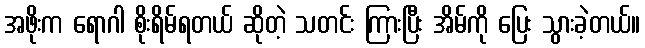
အဖိုးက ရောဂါ စိုးရိမ်ရတယ် ဆိုတဲ့ သတင်း ကြားပြီး အိမ်ကို ပြေး သွားခဲ့တယ်။